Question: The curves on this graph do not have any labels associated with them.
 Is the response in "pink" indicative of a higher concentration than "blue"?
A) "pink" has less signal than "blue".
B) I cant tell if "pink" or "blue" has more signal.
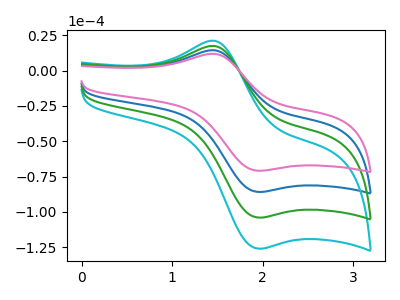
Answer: <think>The blue curve "blue" has an anodic peak at (1.45V, 14.45uA) and a cathodic peak at (1.95V, -85.85uA). The cyan curve "cyan" has an anodic peak at (1.45V, 43.35uA) and a cathodic peak at (1.95V, -257.55uA). The green curve "green" has an anodic peak at (1.45V, 28.90uA) and a cathodic peak at (1.95V, -171.70uA). The pink curve "pink" has an anodic peak at (1.45V, 11.95uA) and a cathodic peak at (1.95V, -70.85uA).
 All the peaks in "pink" have a peak in "blue" at the same potential. Every peak in "pink" is lower than every peak in "blue".</think>
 <answer>A) "pink" has less signal than "blue".</answer>
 <eval>A</eval>